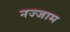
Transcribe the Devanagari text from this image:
नज्जाम